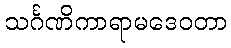
သင်္ဂဏိကာရာမဒေဝတာ